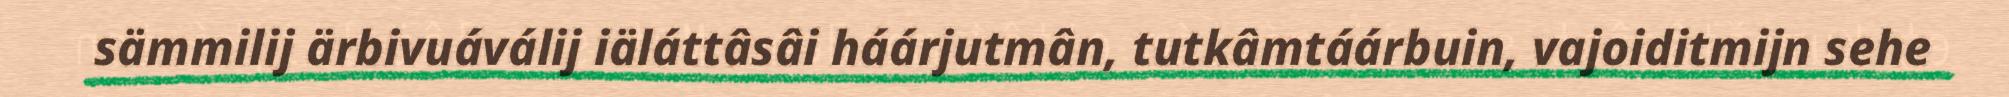
sämmilij ärbivuáválij iäláttâsâi háárjutmân, tutkâmtáárbuin, vajoiditmijn sehe